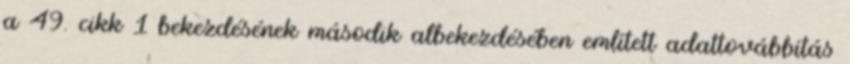
a 49. cikk 1 bekezdésének második albekezdésében említett adattovábbítás